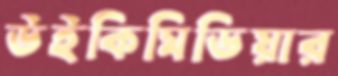
উইকিমিডিয়ার